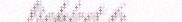
liehket 6